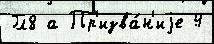
Гл8 а Пр'изва́н'иjе 4